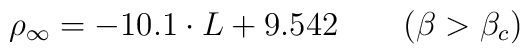
\rho_\infty = -10.1\cdot L + 9.542 \qquad (\beta > \beta_c)